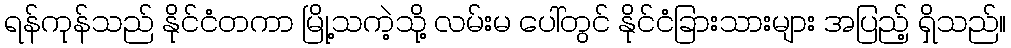
ရန်ကုန်သည် နိုင်ငံတကာ မြို့သကဲ့သို့ လမ်းမ ပေါ်တွင် နိုင်ငံခြားသားများ အပြည့် ရှိသည်။